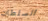
السلطات